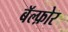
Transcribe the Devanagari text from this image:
बॅल्फ़ोर